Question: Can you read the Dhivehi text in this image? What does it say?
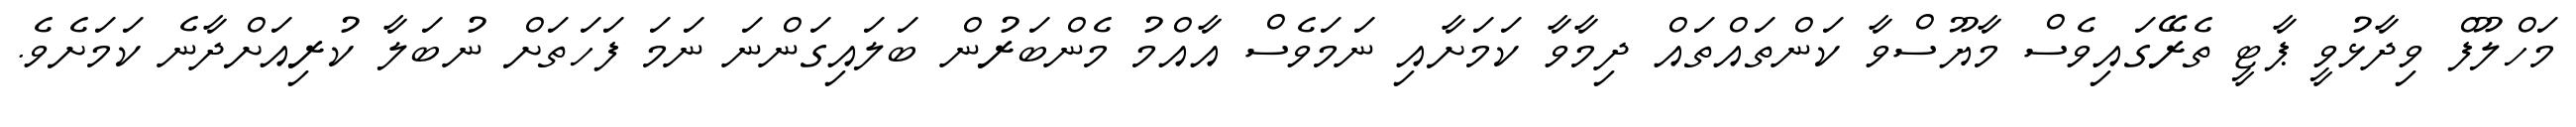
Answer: މަހްލޫފް ވިދާޅުވީ ޕާޓީ ތެރޭގައިވެސް މާޔޫސްވާ ކަންތައްތައް ދިމާވާ ކަމަށާއި ނަމަވެސް އާއްމު މެންބަރުން ބަލައިގަންނަ ނަމަ ފަހަތަށް ނުބަލާ ކުރިއަށްދާނެ ކަމަށެވެ.